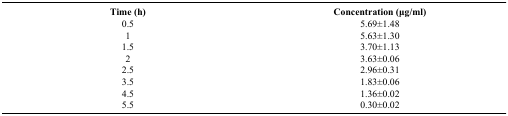
<table><thead><tr><td><b>Time (h)</b></td><td><b>Concentration (μg/ml)</b></td></tr></thead><tbody><tr><td>0.5</td><td>5.69±1.48</td></tr><tr><td>1</td><td>5.63±1.30</td></tr><tr><td>1.5</td><td>3.70±1.13</td></tr><tr><td>2</td><td>3.63±0.06</td></tr><tr><td>2.5</td><td>2.96±0.31</td></tr><tr><td>3.5</td><td>1.83±0.06</td></tr><tr><td>4.5</td><td>1.36±0.02</td></tr><tr><td>5.5</td><td>0.30±0.02</td></tr></tbody></table>